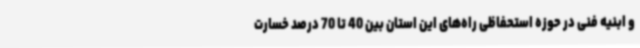
و ابنیه فنی در حوزه استحفاظی راه‌های این استان بین 40 تا 70 درصد خسارت